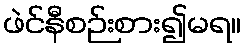
ဖဲင်နီစဉ်းစား၍မရ။